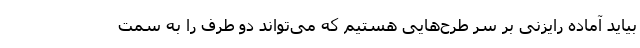
بیاید آماده رایزنی بر سر طرح‌هایی هستیم که می‌تواند دو طرف را به سمت